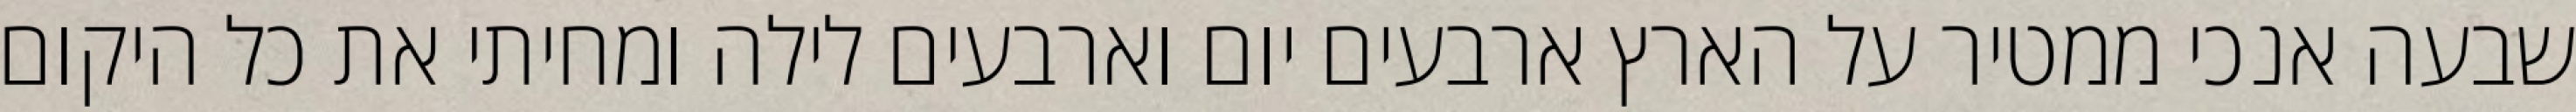
שבעה אנכי ממטיר על הארץ ארבעים יום וארבעים לילה ומחיתי את כל היקום